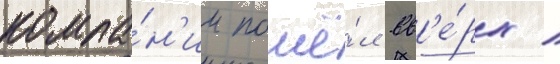
компа́н'ии пошё́л вв'е́рх /